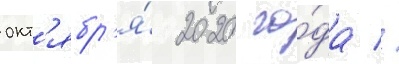
окт'ябр'я́ 2020 го́да //